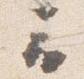
云